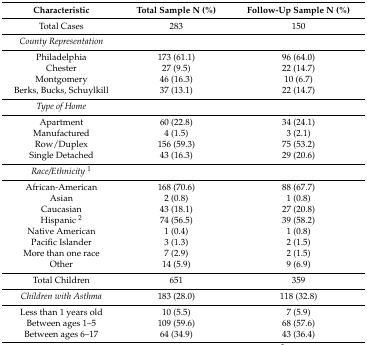
| Characteristic | Total Sample N (%) | Follow-Up Sample N (%) |
 | --- | --- | --- |
 | Total Cases | 283 | 150 |
 | County Representation |  |  |
 | Philadelphia | 173 (61.1) | 96 (64.0) |
 | Chester | 27 (9.5) | 22 (14.7) |
 | Montgomery | 46 (16.3) | 10 (6.7) |
 | Berks, Bucks, Schuylkill | 37 (13.1) | 22 (14.7) |
 | Type of Home |  |  |
 | Apartment | 60 (22.8) | 34 (24.1) |
 | Manufactured | 4 (1.5) | 3 (2.1) |
 | Row/Duplex | 156 (59.3) | 75 (53.2) |
 | Single Detached | 43 (16.3) | 29 (20.6) |
 | Race/Ethnicity1 |  |  |
 | African-American | 168 (70.6) | 88 (67.7) |
 | Asian | 2 (0.8) | 1 (0.8) |
 | Caucasian | 43 (18.1) | 27 (20.8) |
 | Hispanic 2 | 74 (56.5) | 39 (58.2) |
 | Native American | 1 (0.4) | 1 (0.8) |
 | Pacific Islander | 3 (1.3) | 2 (1.5) |
 | More than one race | 7 (2.9) | 2 (1.5) |
 | Other | 14 (5.9) | 9 (6.9) |
 | Total Children | 651 | 359 |
 | Children with Asthma | 183 (28.0) | 118 (32.8) |
 | Less than 1 years old | 10 (5.5) | 7 (5.9) |
 | Between ages 1–5 | 109 (59.6) | 68 (57.6) |
 | Between ages 6–17 | 64 (34.9) | 43 (36.4) |